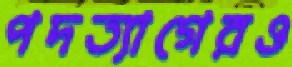
পদত্যাগেরও